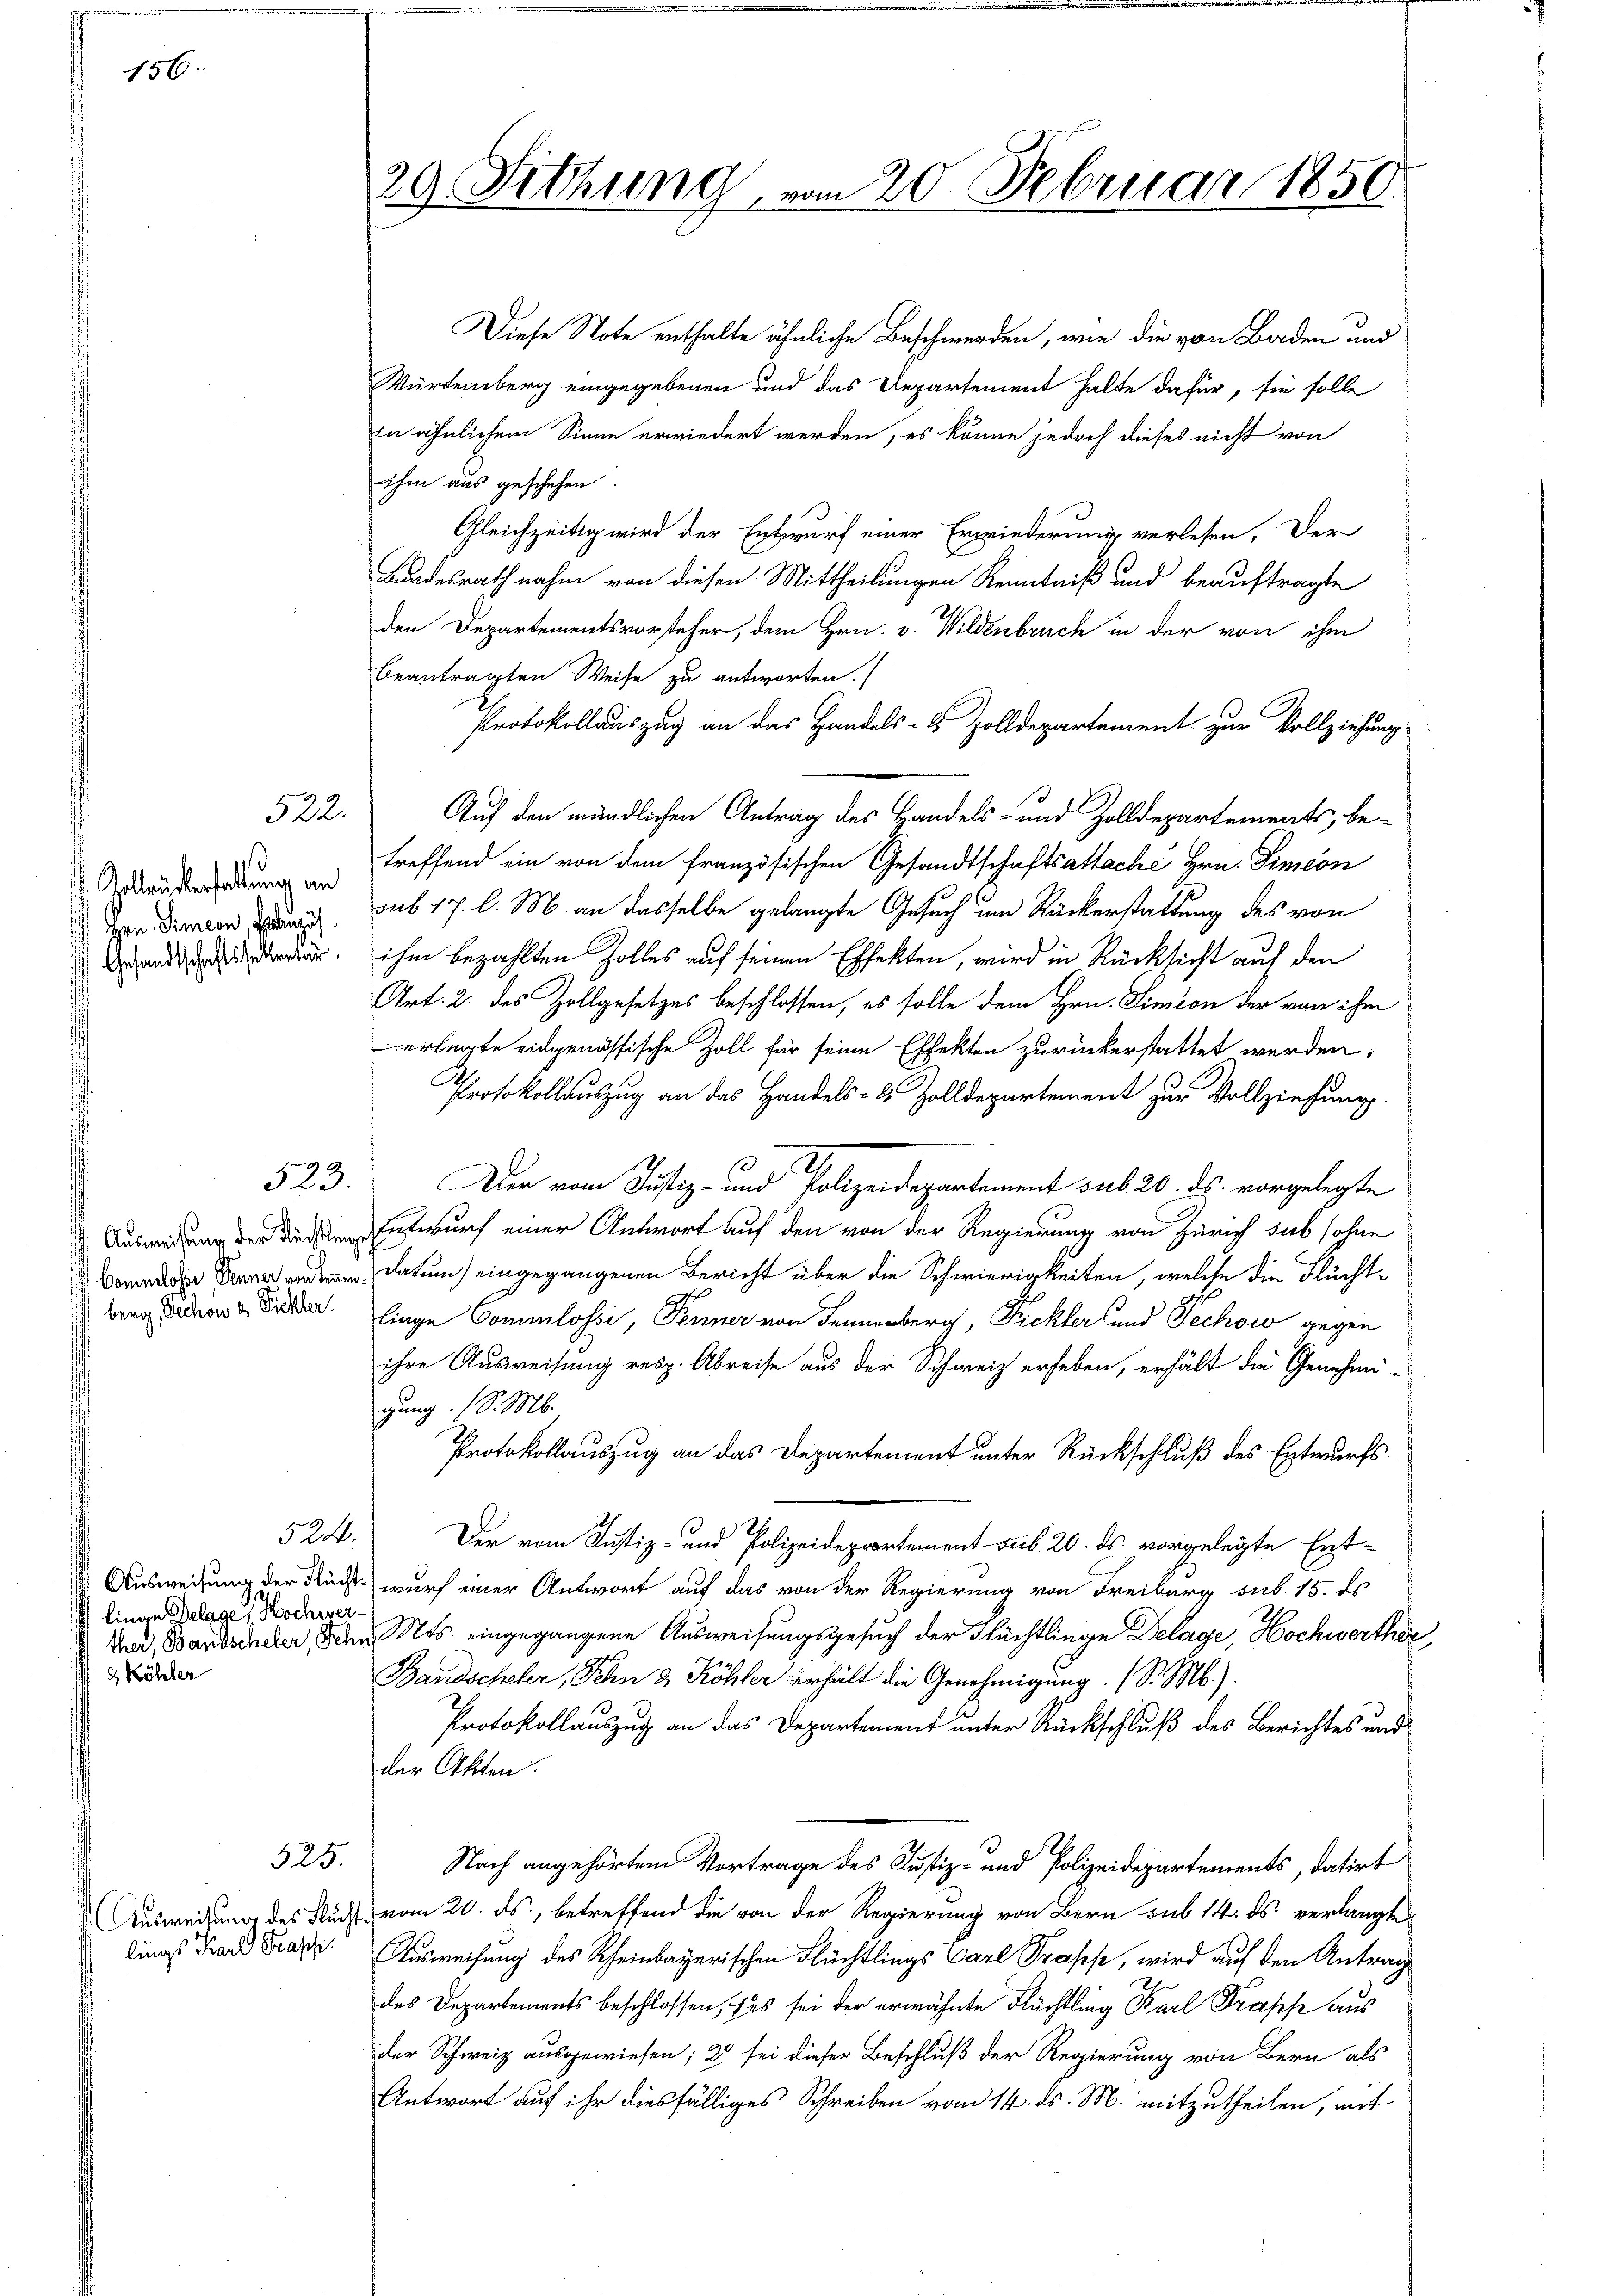
156.

. Zollensverhaltung an
Hrn. Simeon Fertigu
Gesandtschafts sollentar

berg, Techow es. Pichler.

524.
linge Belage, Hochwer¬
2 Köhler

523.

525.

522.

lungs Karl Grasch

29. Sitzung vom 20. Februar 1850.

Diese Note enthalte ähnliche Beschwerden, wie die von Baden und
Würtemberg eingegebenen und das Departement halte dafür, sie solle
in ähnlichem Sinne erwiedert werden, es könne jedoch dieses nicht von
ihm aus geschehen.
Gleichzeitig wird der Entwurf einer Erwiederung verlesen. Der
Bundesrath nahm von diesen Mittheilungen Kenntniß und beauftragte
den Departementsvorsteher, dem Hrn. v. Wildenbruch in der von ihm
beantragten Weise zu antworten.
Protokollauszug an das Handels- & Zolldepartement zur Vollziehung
Auf den mündlichen Antrag des Handels- und Zolldepartements, be-
treffend ein von dem französischen Gesandtschaftsattaché Hrn. Simeon
sub 17. l. M. an dasselbe gelangte Gesuch um Rückerstattung des von
ihm bezahlten Zolles auf seinen Effekten, wird in Rücksicht auf den
Art. 2. des Zollgesetzes beschlossen, es solle dem Hrn. Simon der von ihm
erlegte eidgenössische Zoll für seine Effekten zurückerstattet werden:
Protokollauszug an das Handels- & Zolldepartement zur Vollziehung.
Der vom Justiz- und Polizeidepartement sub 20. ds. vorgelegte
Auswendung der den Entwurf einer Antwort auf den von der Regierung von Zürich das sohne
datum eingegangenen Bericht über die Schwierigkeiten, welche die Flüchtlinge Commlossi, Tonner von Fennenberg, Fickters und Pechow gegen
ihre Ausweisung resp. Abreise aus der Schweiz erheben, erhält die Genehmi-
gung (S. M.
Protokollauszug an das Departement unter Rückschluß des Entwurfs¬
Der vom Justiz- und Polizeidepartement sub 20. ds. vorgelegte Ent¬
Ausweisung der Richt wurf einer Antwort auf das von der Regierung von Freiburg sub. 15. ds
Mad, Barbander, den Mts. eingegangene Ausweisungsgesuch der Flüchtlinge Delage, Hochwerther,
Bandscheler, Schen 3 Köhler erhält die Genehmigung. (S. M.)
Protokollauszug an das Departement unter Rückschluß des Berichtes und
der Akten.
Nach angehörtem Vortrage des Justiz- und Polizeidepartements, datirt
Ausweisung des Flucht vom 20. ds., betreffend die von der Regierung von Bern sub 14. ds verlangte
Tisweisung des Rheinbayerischen Flüchtlings Carl Profes, wird auf den Antrag
des Departements beschlossen, ses sei der erwähnte Flüchtling Karl Grasch aus
der Schweiz ausgewiesen; 2 sei dieser Beschluß der Regierung von Bern als
Antwort auf ihr diesfälliges Schreiben vom 14. ds. M. mitzutheilen, mit